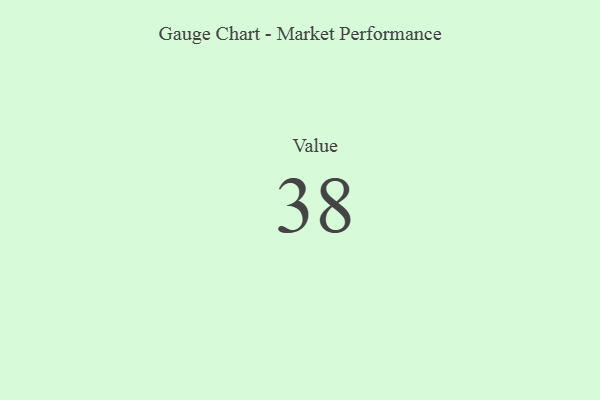
{"axis": {"x": "Metric", "y": "Value"}, "legend": [""], "data": [{"x": "Value", "y": 38, "type": ""}]}